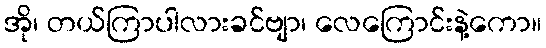
အို၊ တယ်ကြာပါလားခင်ဗျာ၊ လေကြောင်းနဲ့ကော။